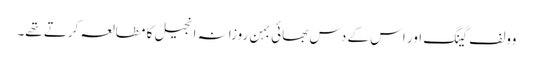
وولف گینگ اور اس کے دس بھائی بہن روزانہ انجیل کا مطالعہ کرتے تھے۔